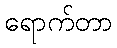
ရောက်တာ